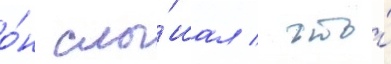
о́н слы́шал / что́